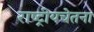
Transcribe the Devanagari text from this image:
राष्ट्रीयचेतना